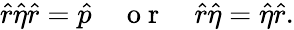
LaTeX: \hat{r}\hat{\eta}\hat{r}=\hat{p}\quad\mathrm{~o~r~}\quad\hat{r}\hat{\eta}=\hat{\eta}\hat{r}.